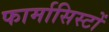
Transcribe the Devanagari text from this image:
फार्मासिस्टों